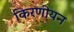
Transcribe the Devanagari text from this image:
किरणीयन